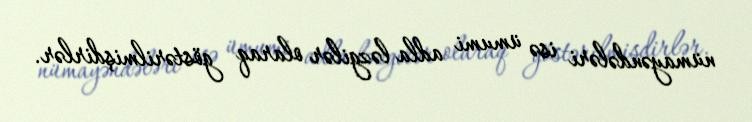
nümayəndələri isə ümumi adla ləzgilər olaraq göstərilmişdirlər.